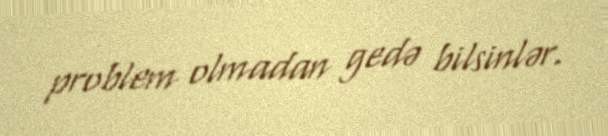
problem olmadan gedə bilsinlər.